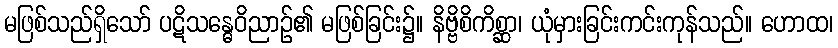
မဖြစ်သည်ရှိသော် ပဋိသန္ဓေဝိညာဉ်၏ မဖြစ်ခြင်း၌။ နိဗ္ဗိစိကိစ္ဆာ၊ ယုံမှားခြင်းကင်းကုန်သည်။ ဟောထ၊